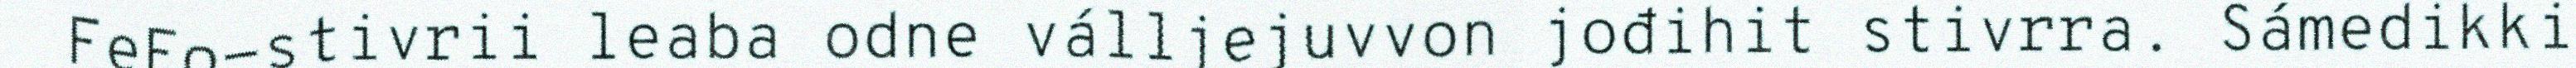
FeFo-stivrii leaba odne válljejuvvon jođihit stivrra. Sámedikki